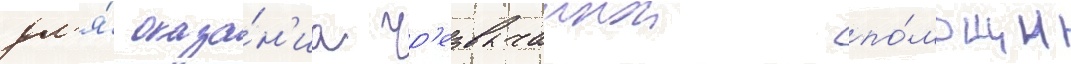
дл'я́ оказа́н'иа чр'езвычаинои по́мощи